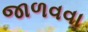
જાળવવા